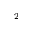
^ 2